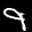
Label: 9